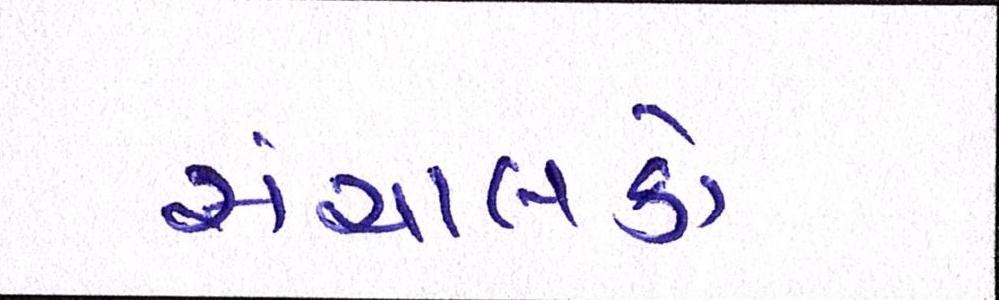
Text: સંચાલકો